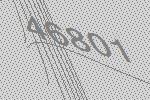
46801